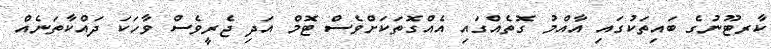
ކާރޓޫނުގެ ބައިތަކުގައި އާއްމު ގޮތެއްގައި އެއްގޮތަކަށްވެސް ޓޮމް އަދި ޖެރީވެސް ވާހަކަ ދައްކާތަނެއް